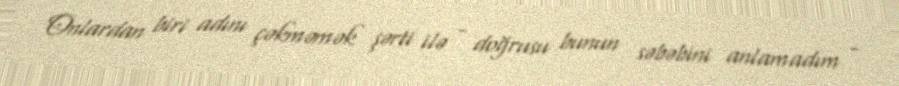
Onlardan biri adını çəkməmək şərti ilə - doğrusu bunun səbəbini anlamadım -